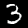
Digit: 3